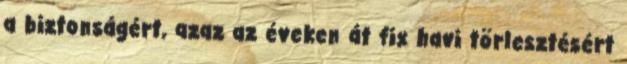
a biztonságért, azaz az éveken át fix havi törlesztésért